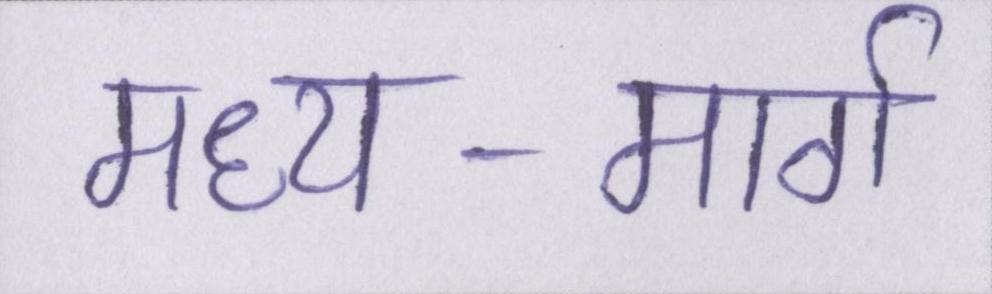
मध्य-मार्ग